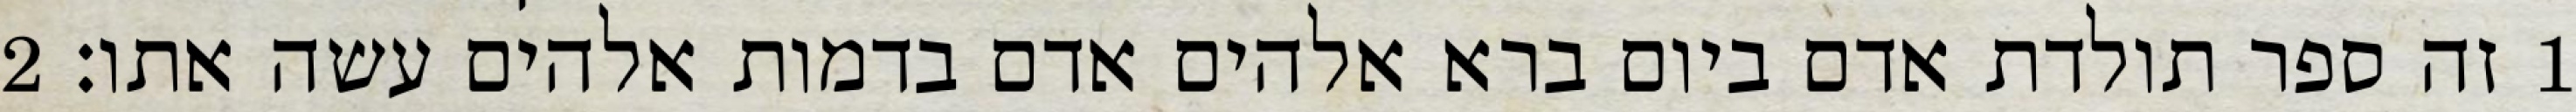
1 זה ספר תולדת אדם ביום ברא אלהים אדם בדמות אלהים עשה אתו׃ ‎2‏